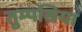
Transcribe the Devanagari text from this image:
तुम्पसिया